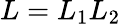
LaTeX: L=L_{1}L_{2}